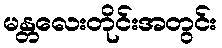
မန္တလေးတိုင်းအတွင်း